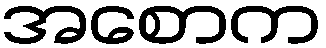
အစောက